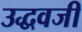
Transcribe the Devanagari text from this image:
उद्धवजी